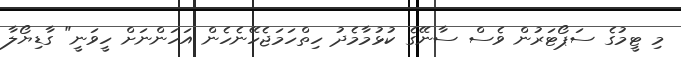
މި ޓީމުގެ ސަޕޯޓަރުން ވެސް ސާނޭގެ ކުޅުމާމެދު ހިތްހަމަޖެހޭނެހެން އަހަންނަށް ހީވަނީ" ގާޑިޔޯލާ